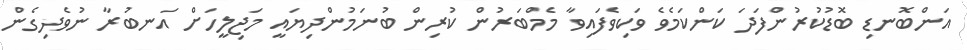
އަންބޮނޑި ބޮޑުކުރުންފަދަ ކަންކަމެވެ ވަކިވެފައިވާ މެމްބަރުން ކުރިން ބުނަމުންދިޔައީ މަޖިލީހަށް އަނބުރާ ނުވެދިގެން